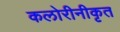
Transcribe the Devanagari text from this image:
कलोरीनीकृत